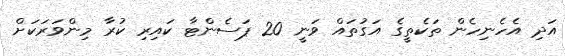
އަދި އެހެނިހެން ތަކެތީގެ އަގުތައް ވަނީ 20 ޕަސެންޓާ ކައިރި ކުރާ މިންވަރަކަށް